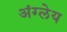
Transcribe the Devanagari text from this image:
अंग्लेय